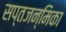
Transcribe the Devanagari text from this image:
सप्तजन्मिका